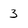
Character: 3